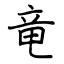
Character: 竜